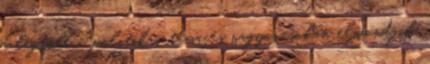
a legtöbb a politikai téma és nagyon sokan elmondják